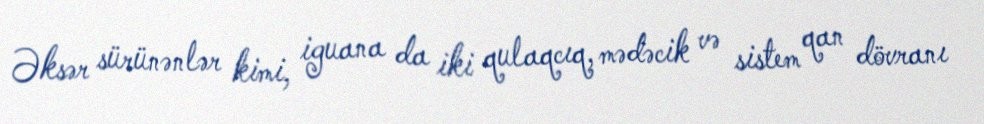
Əksər sürünənlər kimi, iguana da iki qulaqcıq, mədəcik və sistem qan dövranı